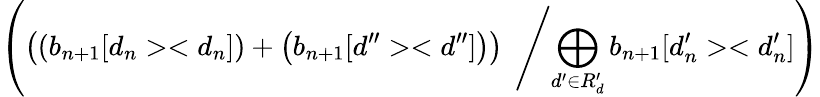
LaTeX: \left(\left(\left(b_{n+1}[d_{n}><d_{n}]\right)+\left(b_{n+1}[d^{\prime\prime}><d^{\prime\prime}]\right)\right)\; \left/\bigoplus_{d^{\prime}\in R_{d}^{\prime}}b_{n+1}[d_{n}^{\prime}><d_{n}^{\prime}]\right.\right)